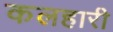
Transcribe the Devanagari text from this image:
कलहारी